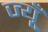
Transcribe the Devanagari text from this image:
ज्यूँ